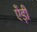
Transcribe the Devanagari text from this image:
एँड़ी